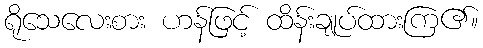
ရိုသေလေးစား ဟန်ဖြင့် ထိန်းချုပ်ထားကြ၏။